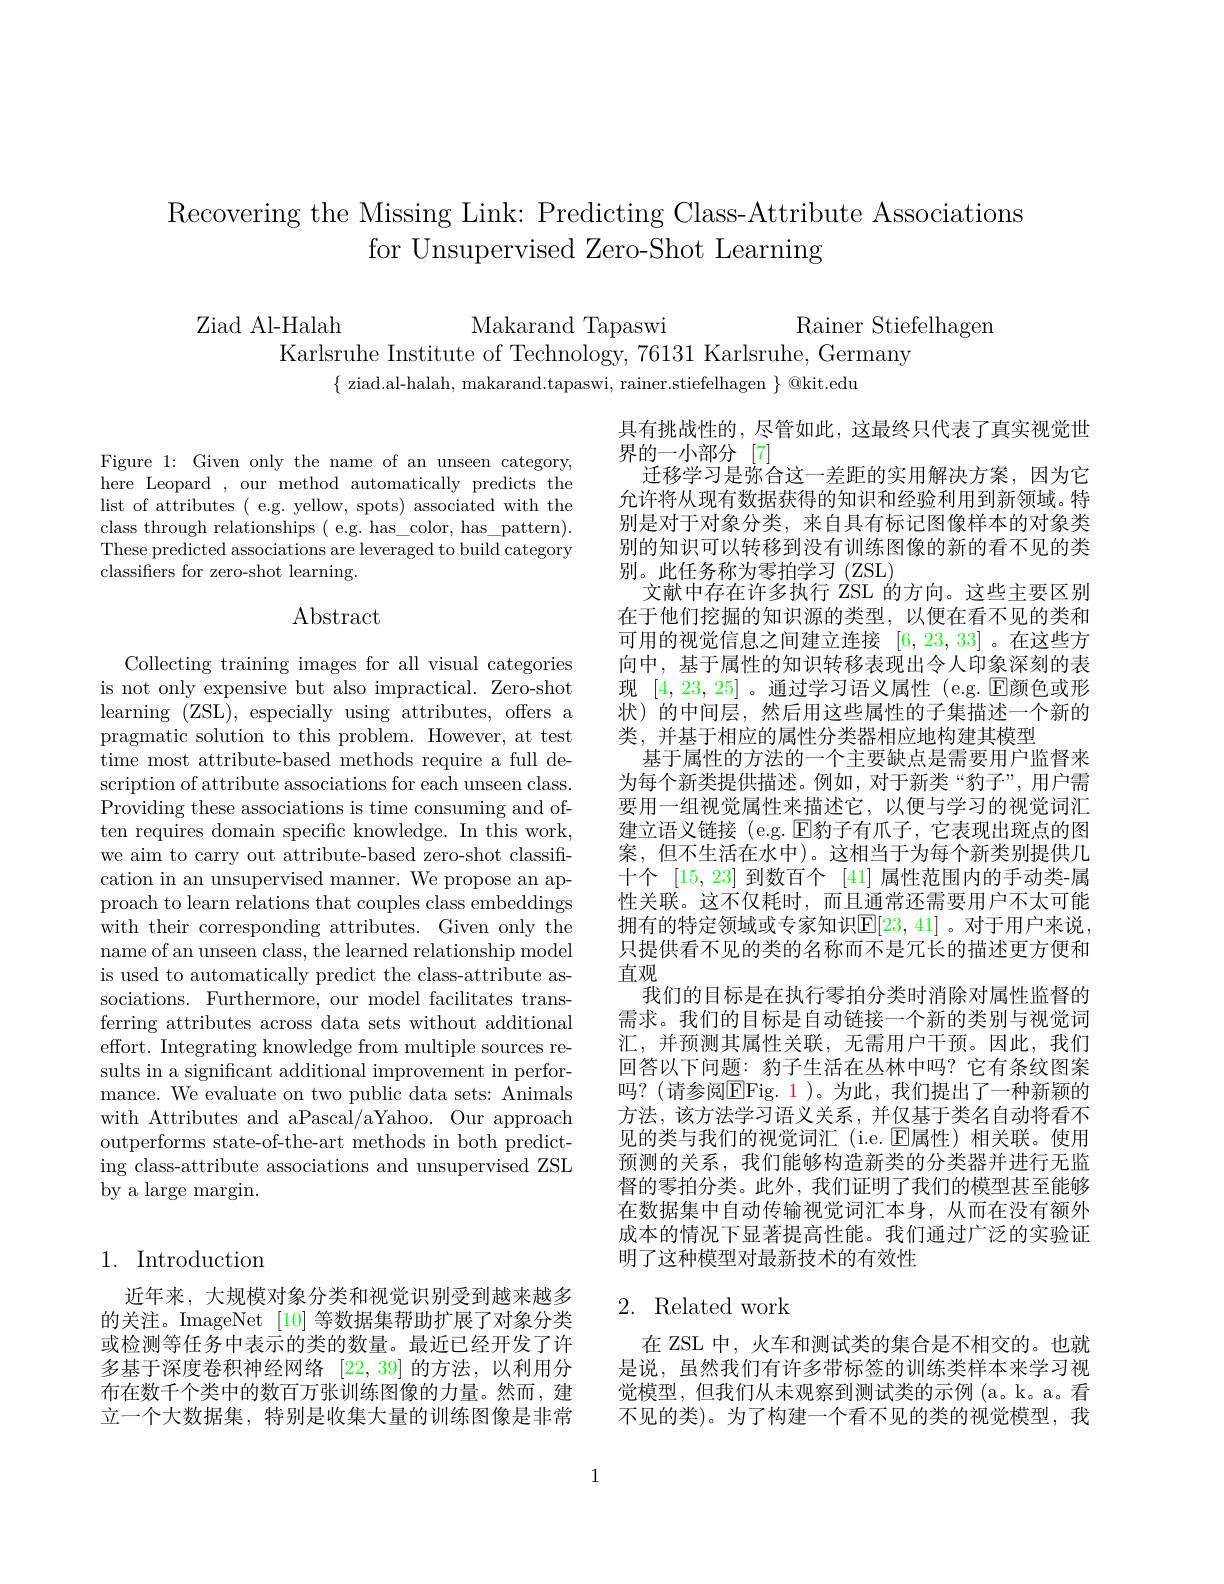
Recovering the Missing Link: Predicting Class-Attribute Associations
for Unsupervised Zero-Shot Learning

Rainer Stiefelhagen

Ziad Al- Halah

Makarand Tapaswi

Karlsruhe Institute of Technology, 76131 Karlsruhe, Germany
$\{$ ziad.al-halah, makarand.tapaswi, rainer.stiefelhagen $\}$ @kit.edu

Figure 1: Given only the name of an unseen category, here Leopard , our method automatically predicts the list of attributes ( e.g. yellow, spots) associated with the class through relationships ( e.g. has\_color, has\_pattern). These predicted associations are leveraged to build category classifiers for zero-shot learning.

## Abstract

具有挑战性的，尽管如此，这最终只代表了真实视觉世
界的一小部分[7]
迁移学习是弥合这一差距的实用解决方案，因为它允许将从现有数据获得的知识和经验利用到新领域。特别是对于对象分类，来自具有标记图像样本的对象类别的知识可以转移到没有训练图像的新的看不见的类别。此任务称为零拍学习(ZSL)
文献中存在许多执行 ZSL 的方向。这些主要区别在于他们挖掘的知识源的类型，以便在看不见的类和可用的视觉信息之间建立连接[6,23,33] 。在这些方向中，基于属性的知识转移表现出令人印象深刻的表现 [4,23,25] 。通过学习语义属性 (e.g. $\mathbb{E}$颜色或形状)的中间层，然后用这些属性的子集描述一个新的类，并基于相应的属性分类器相应地构建其模型
基于属性的方法的一个主要缺点是需要用户监督来为每个新类提供描述。例如，对于新类“豹子”,用户需要用一组视觉属性来描述它，以便与学习的视觉词汇建立语义链接 (e.g. $\operatorname{E\text{豹子有爪子，它表现出斑点的图}}$ 案，但不生活在水中)。这相当于为每个新类别提供几十个[15,23]到数百个[41]属性范围内的手动类-属性关联。这不仅耗时，而且通常还需要用户不太可能拥有的特定领域或专家知识$\mathbb{E}[23,41]$。对于用户来说， 只提供看不见的类的名称而不是冗长的描述更方便和直观
我们的目标是在执行零拍分类时消除对属性监督的需求。我们的目标是自动链接一个新的类别与视觉词汇，并预测其属性关联，无需用户干预。因此，我们回答以下问题：豹子生活在丛林中吗？它有条纹图案吗？(请参阅$\overline{\mathrm{E}}$Fig.1)。为此，我们提出了一种新颖的方法，该方法学习语义关系，并仅基于类名自动将看不见的类与我们的视觉词汇(i.e.$\operatorname{E\text{属性)相关联。使用}}$ 预测的关系，我们能够构造新类的分类器并进行无监督的零拍分类。此外，我们证明了我们的模型甚至能够在数据集中自动传输视觉词汇本身，从而在没有额外成本的情况下显著提高性能。我们通过广泛的实验证明了这种模型对最新技术的有效性

Collecting training images for all visual categories is not only expensive but also impractical. Zero-shot learning (ZSL),especially using attributes, offers a pragmatic solution to this problem. However, at test time most attribute-based methods require a full description of attribute associations for each unseen class. Providing these associations is time consuming and often requires domain specific knowledge. In this work, we aim to carry out attribute-based zero-shot classification in an unsupervised manner. We propose an approach to learn relations that couples class embeddings with their corresponding attributes. Given only the name of an unseen class, the learned relationship model is used to automatically predict the class-attribute associations. Furthermore, our model facilitates transferring attributes across data sets without additional effort. Integrating knowledge from multiple sources results in a significant additional improvement in performance. We evaluate on two public data sets: Animals with Attributes and aPascal/aYahoo. Our approach outperforms state-of-the-art methods in both predicting class-attribute associations and unsupervised ZSL by a large margin.

## 1. Introduction

## 2. Related work

近年来，大规模对象分类和视觉识别受到越来越多的关注。ImageNet [10]等数据集帮助扩展了对象分类或检测等任务中表示的类的数量。最近已经开发了许多基于深度卷积神经网络[22,39]的方法，以利用分布在数千个类中的数百万张训练图像的力量。然而，建立一个大数据集，特别是收集大量的训练图像是非常

在 ZSL 中，火车和测试类的集合是不相交的。也就是说，虽然我们有许多带标签的训练类样本来学习视觉模型，但我们从未观察到测试类的示例 (a。k。a。看不见的类)。为了构建一个看不见的类的视觉模型，我

1